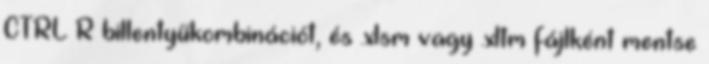
CTRL R billentyűkombinációt, és .xlsm vagy .xltm fájlként mentse